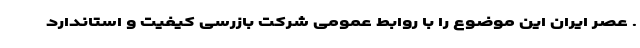
. عصر ایران این موضوع را با روابط عمومی شرکت بازرسی کیفیت و استاندارد